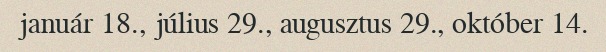
január 18., július 29., augusztus 29., október 14.